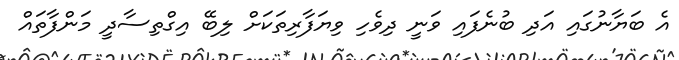
އެ ބަޔާނުގައި އަދި ބުނެފައި ވަނީ ދިވެހި ވިޔަފާރިތަކަށް ލިބޭ އިގްތިސާދީ މަންފާތައް